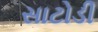
સાટોડી